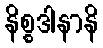
နိစ္စဒါနာနိ